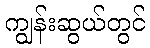
ကျွန်းဆွယ်တွင်